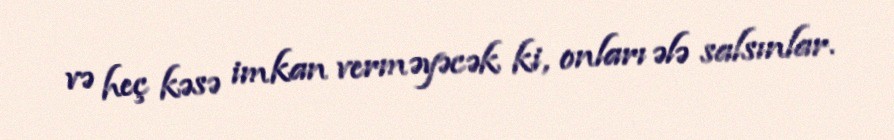
və heç kəsə imkan verməyəcək ki, onları ələ salsınlar.